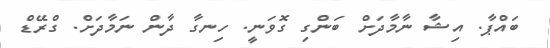
ބައްޕާ. އިޝާ ނާމާދަށް ބަންގި ގޮވަނީ. ހިނގާ ދާން ނަމާދަށް. ގްރޭޑް